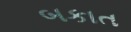
બકાત